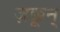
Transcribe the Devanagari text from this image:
ज़क्कून्